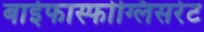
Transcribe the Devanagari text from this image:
बाईफास्फोग्लिसरेट